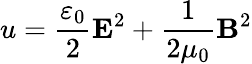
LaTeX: u={\frac{\varepsilon_{0}}{2}}\mathbf{E}^{2}+{\frac{1}{2\mu_{0}}}\mathbf{B}^{2}